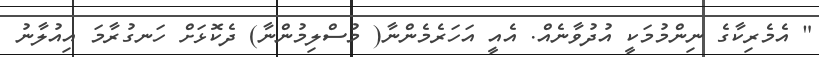
" އެމެރިކާގެ ނިންމުމަކީ އުދުވާނެއް. އެއީ އަހަރެމެންނާ( މުސްލިމުންނާ) ދެކޮޅަށް ހަނގުރާމަ އިއުލާނު